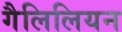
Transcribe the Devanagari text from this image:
गैलिलियन